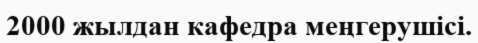
2000 жылдан кафедра меңгерушісі.